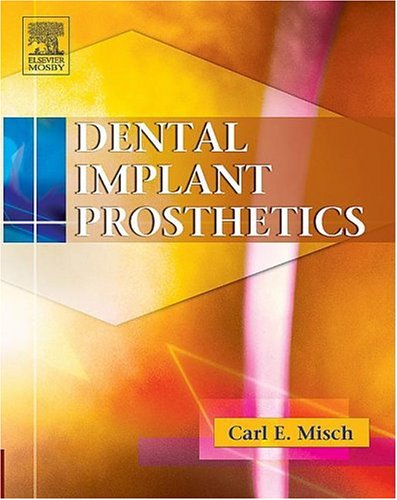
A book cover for Dental Implant Prosthetics, 1e; Carl E. Misch DDS  MDS  PHD(HC); Medical Books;